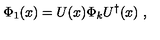
\Phi _ { 1 } ( x ) = U ( x ) \Phi _ { k } U ^ { \dagger } ( x ) \ ,